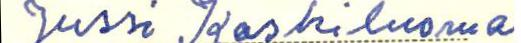
Jussi Koskiluoma